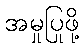
အမှုပြုဖို့